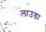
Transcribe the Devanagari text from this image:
लाउडा